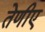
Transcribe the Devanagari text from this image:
तेणीए